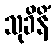
သုခိနိံ